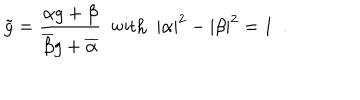
\tilde { g } = \frac { \alpha g + \beta } { \overline { { { \beta } } } g + \overline { { { \alpha } } } } ~ ~ \mathrm { w i t h } ~ ~ | \alpha | ^ { 2 } - | \beta | ^ { 2 } = 1 ~ ~ .